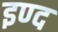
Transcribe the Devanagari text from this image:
इण्द